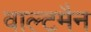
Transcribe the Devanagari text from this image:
वाल्टमैन